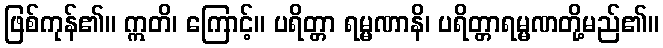
ဖြစ်ကုန်၏။ ဣတိ၊ ကြောင့်။ ပရိတ္တာ ရမ္မဏာနိ၊ ပရိတ္တာရမ္မဏတို့မည်၏။